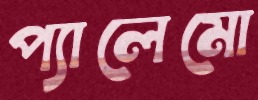
প্যালেমো